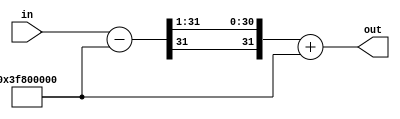
// Copyright 2007 Altera Corporation. All rights reserved.  
// Altera products are protected under numerous U.S. and foreign patents, 
// maskwork rights, copyrights and other intellectual property laws.  
//
// This reference design file, and your use thereof, is subject to and governed
// by the terms and conditions of the applicable Altera Reference Design 
// License Agreement (either as signed by you or found at www.altera.com).  By
// using this reference design file, you indicate your acceptance of such terms
// and conditions between you and Altera Corporation.  In the event that you do
// not agree with such terms and conditions, you may not use the reference 
// design file and please promptly destroy any copies you have made.
//
// This reference design file is being provided on an "as-is" basis and as an 
// accommodation and therefore all warranties, representations or guarantees of 
// any kind (whether express, implied or statutory) including, without 
// limitation, warranties of merchantability, non-infringement, or fitness for
// a particular purpose, are specifically disclaimed.  By making this reference
// design file available, Altera expressly does not recommend, suggest or 
// require that this reference design file be used in combination with any 
// other product not provided by Altera.
/////////////////////////////////////////////////////////////////////////////

module approx_fp_sqrt (in,out);

input [31:0] in;
output [31:0] out;

wire [31:0] tmp = in - 32'h3f800000;
assign out = {tmp[31],tmp[31:1]} + 32'h3f800000;

endmodule